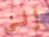
إلى